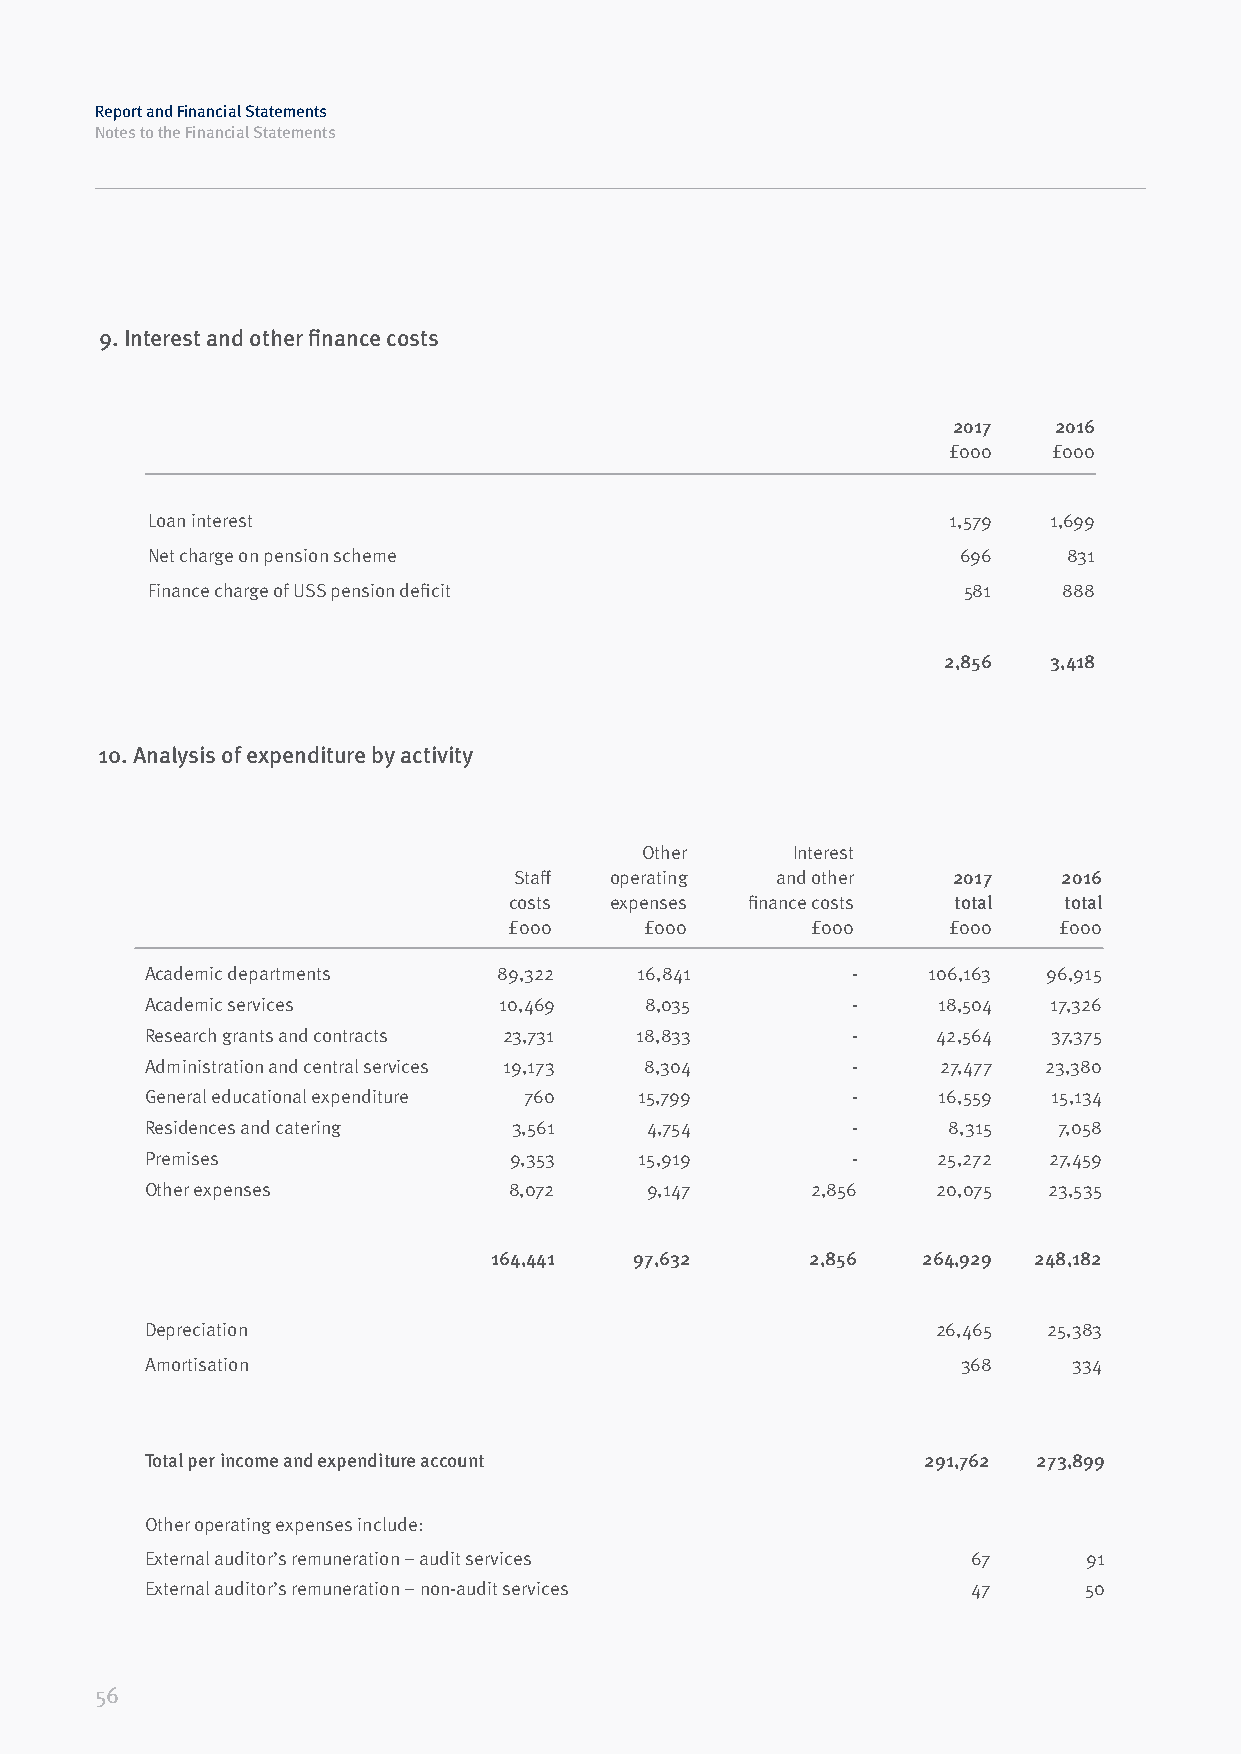
Report and Financial Statements
 Notes to the Financial Statements
 9. Interest and other finance costs
 2017   2016
 £000   £000
 Loan interest                                        1,579 1,699
 Net charge on pension scheme                          696    831
 Finance charge of USS pension deficit                 581   888
 2,856  3,418
 10. Analysis of expenditure by activity
 Other     Interest
 Staff operating  and other   2017   2016
 costs expenses finance costs total  total
 £000     £000       £000     £000   £000
 Academic departments   89,322   16,841        -    106,163 96,915
 Academic services      10,469    8,035        -     18,504  17,326
 Research grants and contracts 23,731 18,833   -     42,564  37,375
 Administration and central services 19,173 8,304 -  27,477 23,380
 General educational expenditure 760 15,799    -     16,559  15,134
 Residences and catering 3,561    4,754        -      8,315  7,058
 Premises                9,353   15,919        -     25,272 27,459
 Other expenses          8,072    9,147      2,856   20,075 23,535
 164,441   97,632      2,856  264,929 248,182
 Depreciation                                        26,465 25,383
 Amortisation                                          368    334
 Total per income and expenditure account           291,762 273,899
 Other operating expenses include:
 External auditor’s remuneration – audit services      67      91
 External auditor’s remuneration – non-audit services  47      50
 56